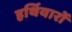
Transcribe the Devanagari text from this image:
हर्थियारों